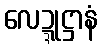
လေဍ္ဍုဋ္ဌာနံ